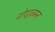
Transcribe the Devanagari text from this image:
गोएट्ज़मन